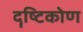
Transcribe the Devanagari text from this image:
दॄष्‍टिकोण